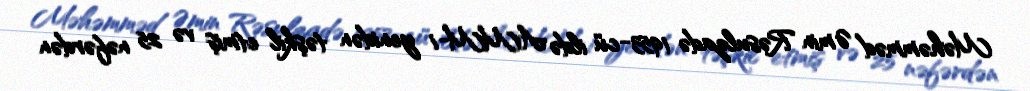
Məhəmməd Əmin Rəsulzadə 1953-cü ildə AMM-i yenidən təşkil etmiş və 25 nəfərdən